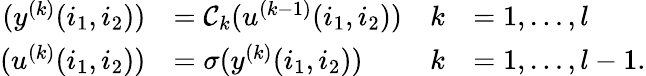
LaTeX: \begin{array}{rlrl}{(y^{(k)}(i_{1},i_{2}))}&{=\mathcal{C}_{k}(u^{(k-1)}(i_{1},i_{2}))}&{k}&{=1,\ldots,l}\\ {(u^{(k)}(i_{1},i_{2}))}&{=\sigma(y^{(k)}(i_{1},i_{2}))}&{k}&{=1,\ldots,l-1.}\end{array}